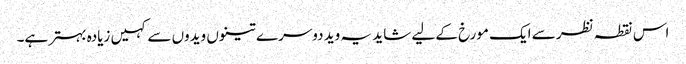
اس نقطہ نظر سے ایک مورخ کے لیے شاید یہ وید دوسرے تینوں ویدوں سے کہیں زیادہ بہتر ہے۔